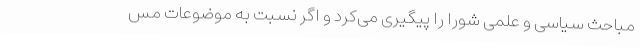
مباحث سیاسی و علمی شورا را پیگیری می‌کرد و اگر نسبت به موضوعات مس